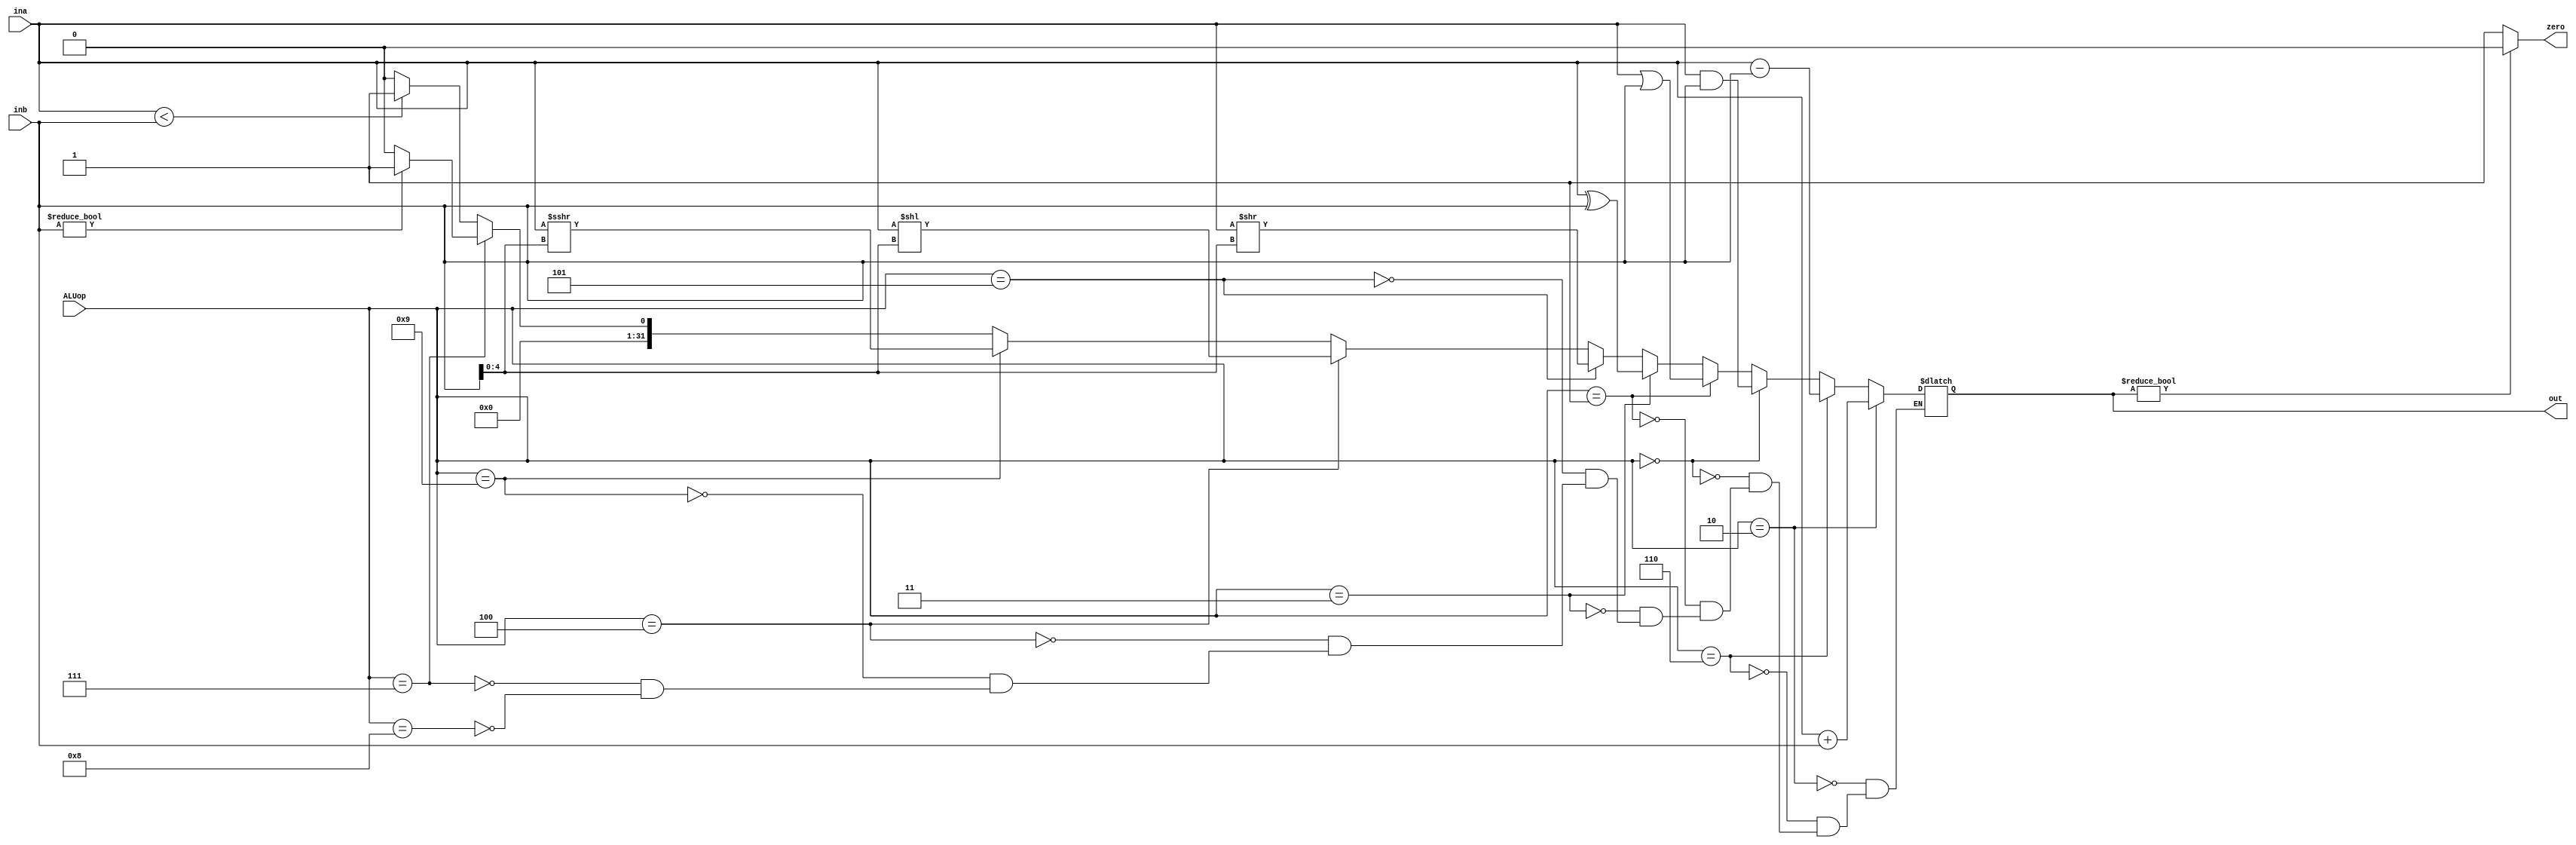
module ALU(input [3:0] ALUop,
           input [31:0] ina, inb,
           output zero,
           output reg [31:0] out);

always@(*) begin
    if(ALUop == 4'b0010) begin // ld, sd, add
        out <= ina + inb; 
    end
    else if(ALUop == 4'b0110) begin // sub, beq, bne
        out <= ina - inb; 
    end
    else if(ALUop == 4'b0000) begin // and
        out <= ina & inb;
    end
    else if(ALUop == 4'b0001) begin // or
        out <= ina | inb;
    end
    else if(ALUop == 4'b0011) begin // xor
        out <= ina ^ inb;
    end
    else if(ALUop == 4'b0101) begin //srl, srli   
        out <= ina >> inb[4:0];
    end
    else if(ALUop == 4'b0100) begin //sll, slli
        out <= ina << inb[4:0];
    end
    else if(ALUop == 4'b1001) begin // sra, srai
        out <= ina >>> inb[4:0];
    end
    else if(ALUop == 4'b0111) begin // sltu, bltu, bgeu
        if(inb != 0) begin
            out <= 1;
        end
        else begin
            out <= 0;
        end
    end
    else if(ALUop == 4'b1000) begin // slt, blt, bge
        if(ina < inb) begin
            out <= 1;
        end
        else begin
            out <= 0;
        end
    end
end

assign zero = out ? 0 : 1;         

endmodule